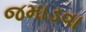
જમાડવા